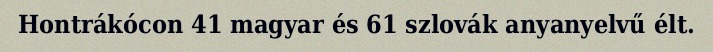
Hontrákócon 41 magyar és 61 szlovák anyanyelvű élt.